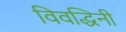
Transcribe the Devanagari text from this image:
विवद्धिनी